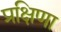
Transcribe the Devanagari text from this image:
प्रक्षिणा